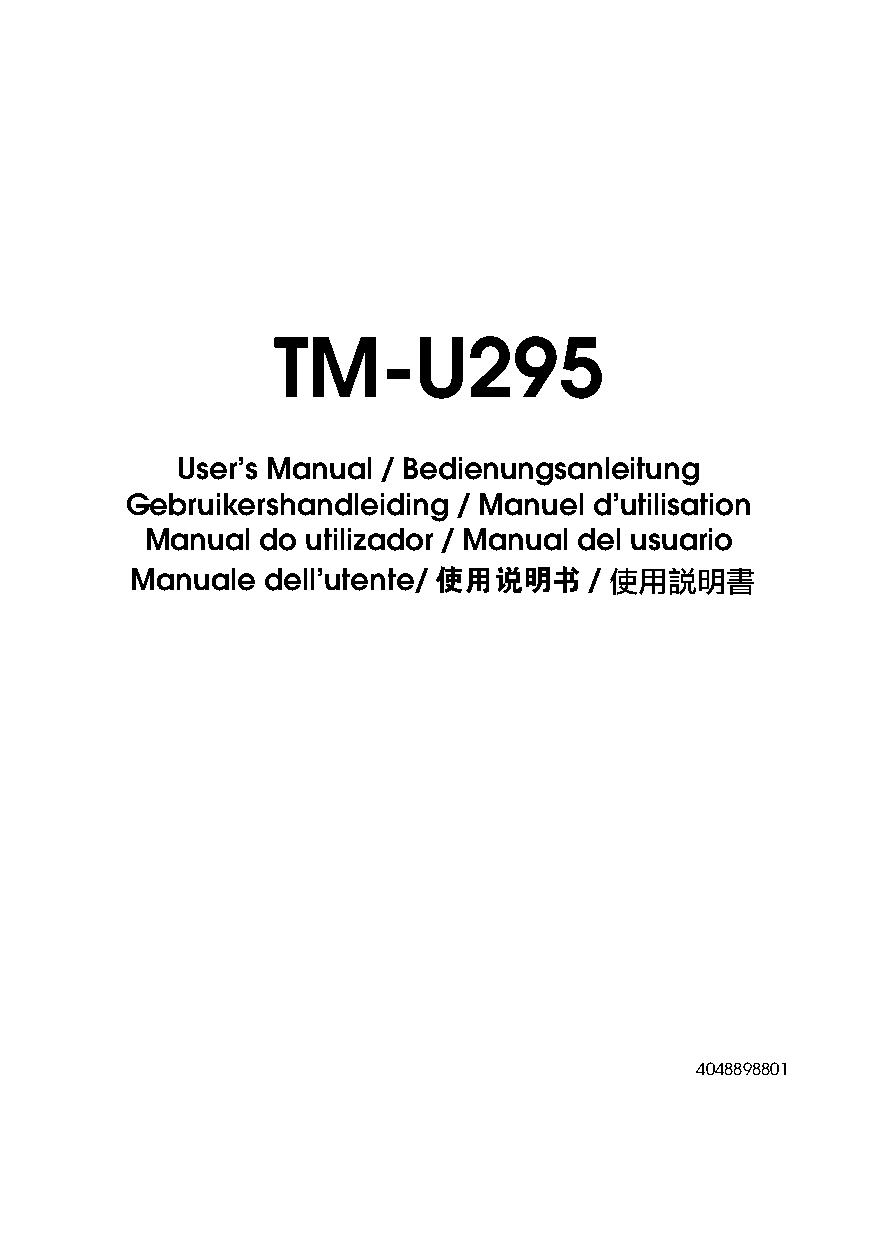
TM-U295
 User’s Manual / Bedienungsanleitung
 Gebruikershandleiding / Manuel d’utilisation
 Manual do utilizador / Manual del usuario
 Manuale dell’utente/ 使用说明书    / 使用說明書
 4048898801